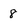
Character: 8